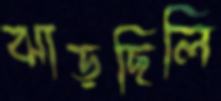
ঝাড়ছিলি